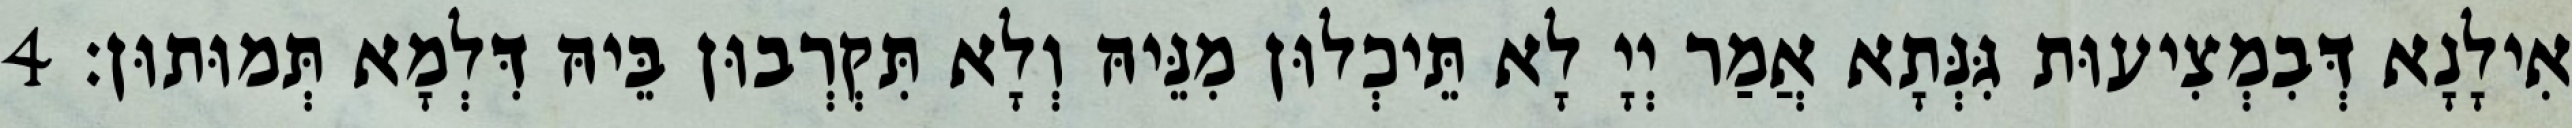
אִילָנָא דְּבִמְצִיעוּת גִּנְּתָא אֲמַר יְיָ לָא תֵּיכְלוּן מִנֵּיהּ וְלָא תִּקְרְבוּן בֵּיהּ דִּלְמָא תְּמוּתוּן׃ 4